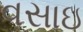
વસાઇ